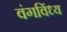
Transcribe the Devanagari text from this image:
वंगविंध्य